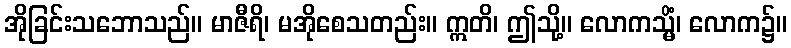
အိုခြင်းသဘောသည်။ မာဇီရိ၊ မအိုစေသတည်း။ ဣတိ၊ ဤသို့။ လောကသ္မိံ၊ လောက၌။